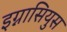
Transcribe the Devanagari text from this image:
इग्नासियुस